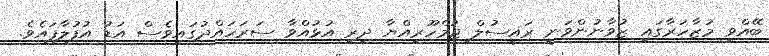
ބޭއްވި މުޒާހަރާގައި ޒުވާނުންވަނީ ރައީސުލް ޖުމްހޫރިއްޔާ ދިރި އުޅުއްވާ ސަރަހައްދުގައިވެސް އަޑު އުފުލާފައެވެ.